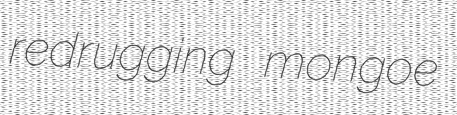
redrugging mongoe